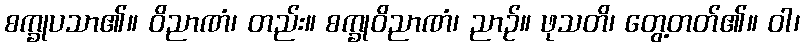
စက္ခုပသာ၏။ ဝိညာဏံ၊ တည်း။ စက္ခုဝိညာဏံ၊ ညာဉ်။ ဖုသတိ၊ တွေ့တတ်၏။ ဝါ၊